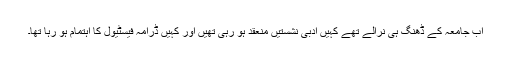
اب جامعہ کے ڈھنگ ہی نرالے تھے کہیں ادبی نشستیں منعقد ہو رہی تھیں اور کہیں ڈرامہ فیسٹیول کا اہتمام ہو رہا تھا۔